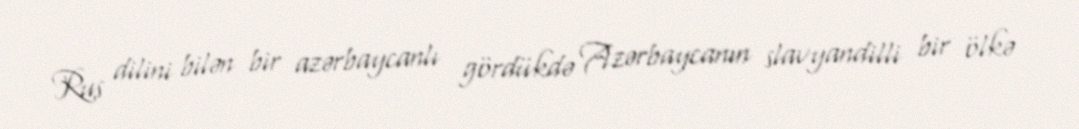
Rus dilini bilən bir azərbaycanlı gördükdə Azərbaycanın slavyandilli bir ölkə